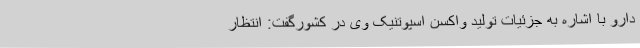
دارو با اشاره به جزئیات تولید واکسن اسپوتنیک وی در کشورگفت: انتظار